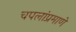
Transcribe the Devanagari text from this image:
चपलांप्रमाणे